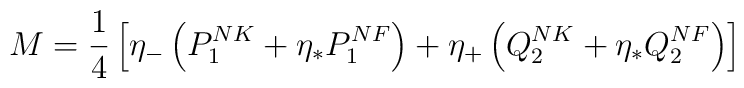
M = {1 \over 4} \left[ \eta_- \left( P^{NK}_1 + \eta_* P^{NF}_1 \right) + \eta_+ \left( Q^{NK}_2 + \eta_* Q^{NF}_2 \right) \right]